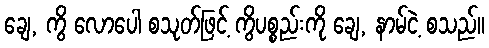
ချေ, ကွိ လောပေါ စသုတ်ဖြင့် ကွိပစ္စည်းကို ချေ, နာမ်ငဲ့ စသည်။